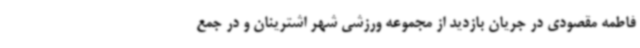
فاطمه مقصودی در جریان بازدید از مجموعه ورزشی شهر اشترینان و در جمع